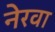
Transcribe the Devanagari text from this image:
नेरवा